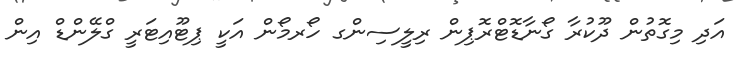
އަދި މިގޮތުން ދޫކުރާ ގޯނާޑޮޓްރޮޕިން ރިލީސިންގ ހޯރމޯން އަކީ ޕިޓޫއިޓަރީ ގްލޭންޑް އިން